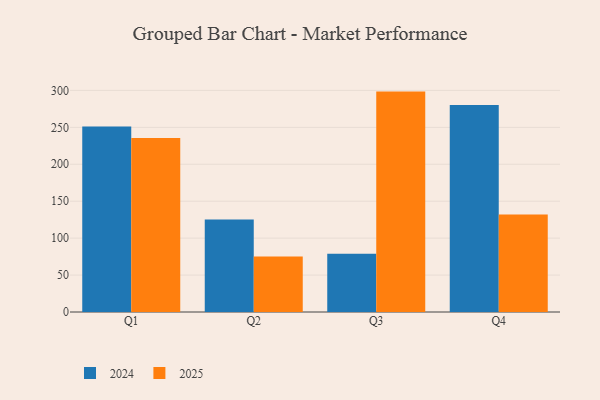
{"axis": {"x": "Quarter", "y": "Net Income (USD K)"}, "legend": ["2024", "2025"], "data": [{"x": "Q1", "y": 251.1, "type": "2024"}, {"x": "Q1", "y": 235.5, "type": "2025"}, {"x": "Q2", "y": 125.4, "type": "2024"}, {"x": "Q2", "y": 75.0, "type": "2025"}, {"x": "Q3", "y": 78.9, "type": "2024"}, {"x": "Q3", "y": 298.4, "type": "2025"}, {"x": "Q4", "y": 280.4, "type": "2024"}, {"x": "Q4", "y": 132.0, "type": "2025"}]}